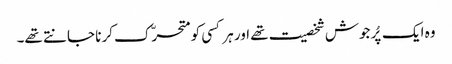
وہ ایک پُرجوش شخصیت تھے اور ہر کسی کو متحرّک کرنا جانتے تھے۔